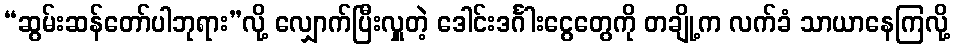
“ဆွမ်းဆန်တော်ပါဘုရား”လို့ လျှောက်ပြီးလှူတဲ့ ဒေါင်းဒင်္ဂါးငွေတွေကို တချို့က လက်ခံ သာယာနေကြလို့